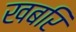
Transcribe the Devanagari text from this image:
खबरि